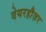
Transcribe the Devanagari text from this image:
वेयरहौज़र